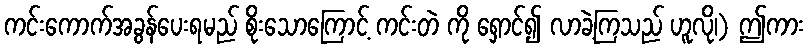
ကင်းကောက်အခွန်ပေးရမည် စိုးသောကြောင့် ကင်းတဲ ကို ရှောင်၍ လာခဲ့ကြသည် ဟူလို၊) ဤကား